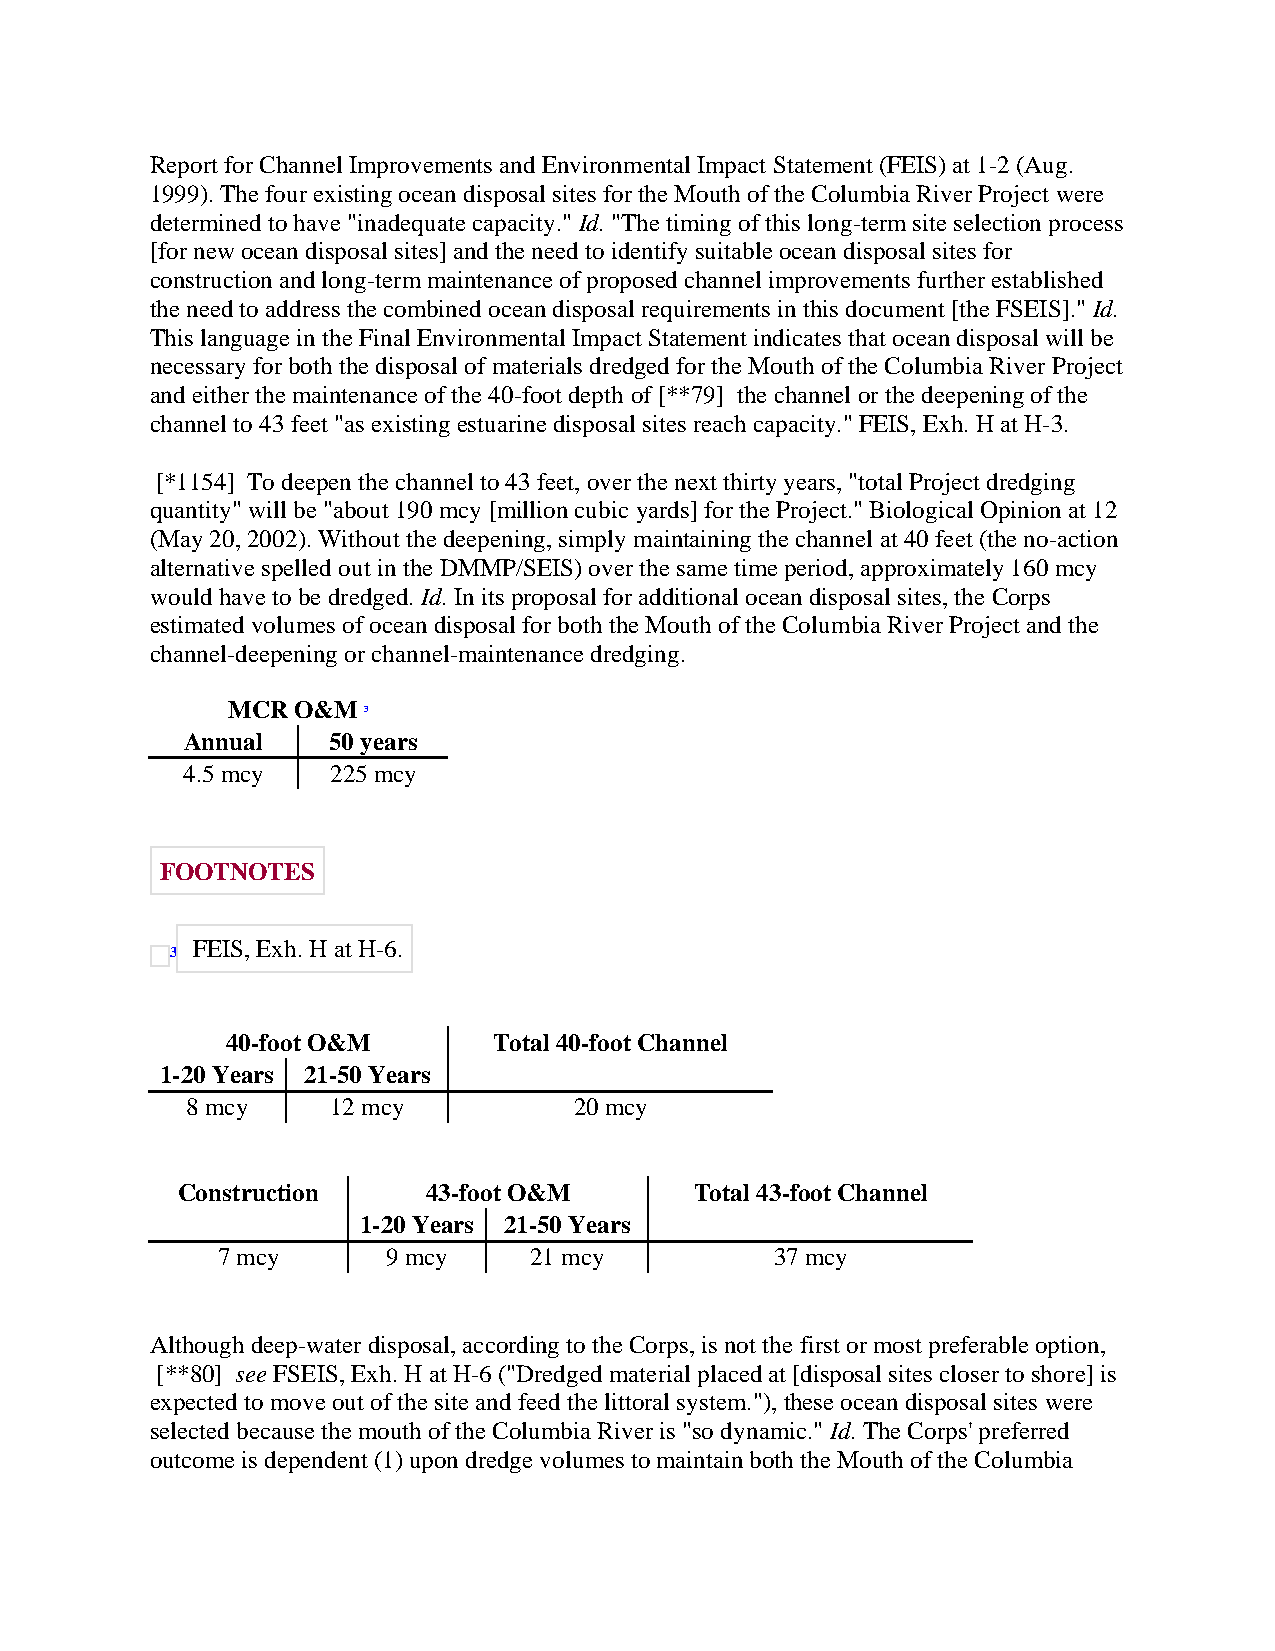
Report for Channel Improvements and Environmental Impact Statement (FEIS) at 1-2 (Aug.
 1999). The four existing ocean disposal sites for the Mouth of the Columbia River Project were
 determined to have "inadequate capacity." Id. "The timing of this long-term site selection process
 [for new ocean disposal sites] and the need to identify suitable ocean disposal sites for
 construction and long-term maintenance of proposed channel improvements further established
 the need to address the combined ocean disposal requirements in this document [the FSEIS]." Id.
 This language in the Final Environmental Impact Statement indicates that ocean disposal will be
 necessary for both the disposal of materials dredged for the Mouth of the Columbia River Project
 and either the maintenance of the 40-foot depth of [**79] the channel or the deepening of the
 channel to 43 feet "as existing estuarine disposal sites reach capacity." FEIS, Exh. H at H-3.
 [*1154] To deepen the channel to 43 feet, over the next thirty years, "total Project dredging
 quantity" will be "about 190 mcy [million cubic yards] for the Project." Biological Opinion at 12
 (May 20, 2002). Without the deepening, simply maintaining the channel at 40 feet (the no-action
 alternative spelled out in the DMMP/SEIS) over the same time period, approximately 160 mcy
 would have to be dredged. Id. In its proposal for additional ocean disposal sites, the Corps
 estimated volumes of ocean disposal for both the Mouth of the Columbia River Project and the
 channel-deepening or channel-maintenance dredging.
 MCR O&M  3
 Annual    50 years
 4.5 mcy   225 mcy
 FOOTNOTES
 FEIS, Exh. H at H-6.
 3
 40-foot O&M       Total 40-foot Channel
 1-20 Years 21-50 Years
 8 mcy     12 mcy          20 mcy
 Construction    43-foot O&M       Total 43-foot Channel
 1-20 Years 21-50 Years
 7 mcy       9 mcy    21 mcy          37 mcy
 Although deep-water disposal, according to the Corps, is not the first or most preferable option,
 [**80] see FSEIS, Exh. H at H-6 ("Dredged material placed at [disposal sites closer to shore] is
 expected to move out of the site and feed the littoral system."), these ocean disposal sites were
 selected because the mouth of the Columbia River is "so dynamic." Id. The Corps' preferred
 outcome is dependent (1) upon dredge volumes to maintain both the Mouth of the Columbia